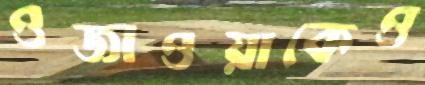
ওজাওয়াকেও